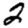
Digit: 2